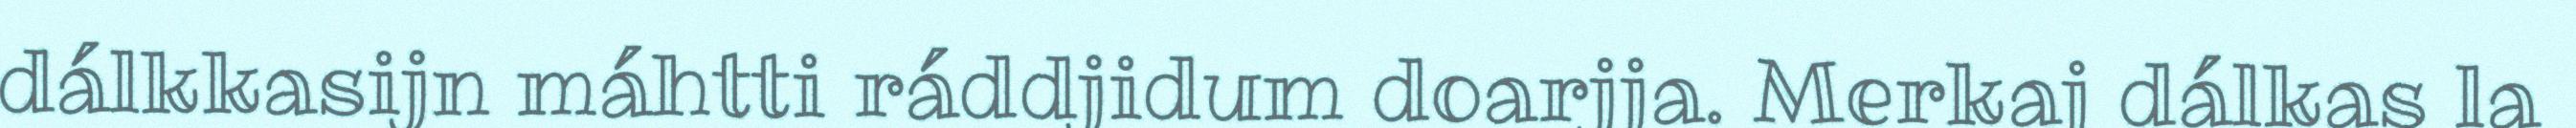
dálkkasijn máhtti ráddjidum doarjja. Merkaj dálkas la